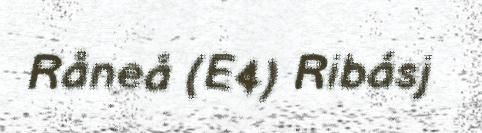
Råneå (E4) Ribásj